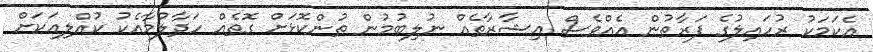
އެކަމަކު ރުހައިލުގެ ފަރާތުން އެއްވެސް އިޝާރާތެއް ނުލިބުމުން ތުންކޮޅަށް ގޮތެއް ހަދާލުމާއެކު ކުއްލިއަކަށް